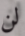
لن